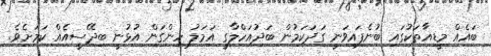
ބައެއް މީޑިއާތަކުގައި ބުނެފައިވަނީ ގަދަކަމުން ބަދުއަހްލާގީ އަމަލު ހިންގަން އުޅުނީ ބިދޭސީއެއް ކަމަށެވެ.